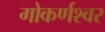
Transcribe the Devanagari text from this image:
गोकर्णश्वर